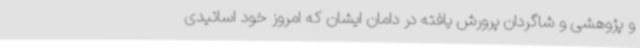
و پژوهشی و شاگردان پرورش یافته در دامان ایشان که امروز خود اساتیدی